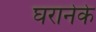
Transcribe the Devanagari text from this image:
घरानेके